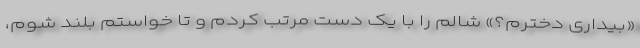
«بیداری دخترم؟» شالم را با یک دست مرتب کردم و تا خواستم بلند شوم،